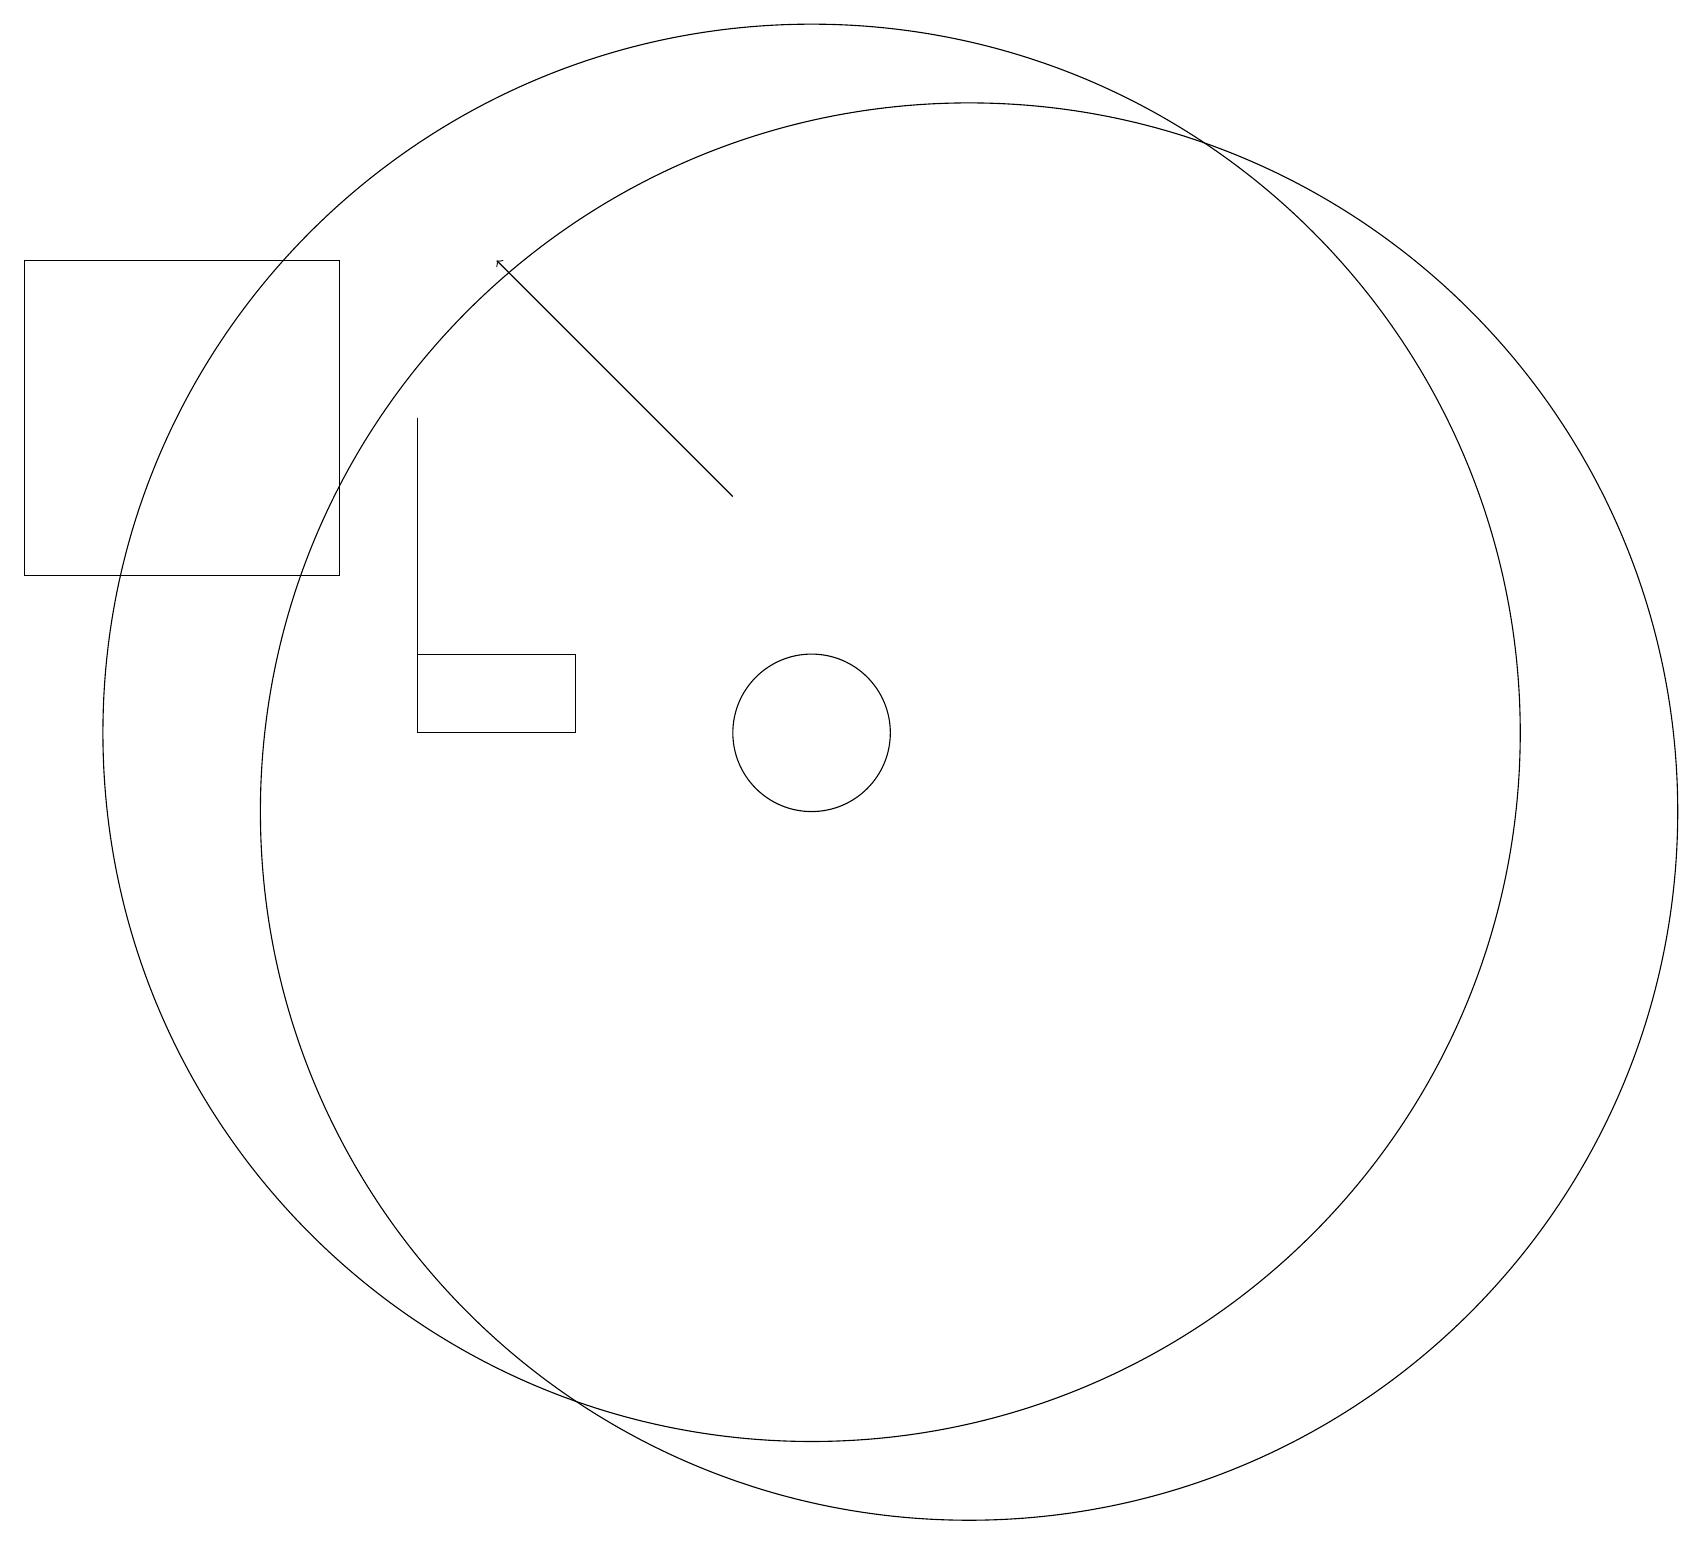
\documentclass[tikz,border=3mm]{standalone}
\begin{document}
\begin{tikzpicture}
\draw (10,11) circle (9);
\draw (10,11) circle (1);
\draw[->] (9,14) -- (6,17);
\draw (12,10) circle (9);
\draw (5,12) rectangle (5,15);
\draw (5,12) rectangle (7,11);
\draw (4,13) rectangle (0,17);
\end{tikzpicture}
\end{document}